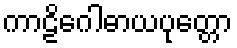
ကာဠိဂေါဓာယပုတ္တော